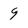
Character: 9